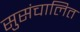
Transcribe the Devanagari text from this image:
सुसंचालित